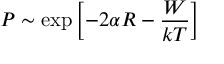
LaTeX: P \sim \exp \left[ - 2 \alpha R - { \frac { W } { k T } } \right]